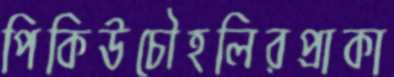
পিকিউচৌহলিরপ্রাকা